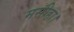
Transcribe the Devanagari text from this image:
मसीहा।